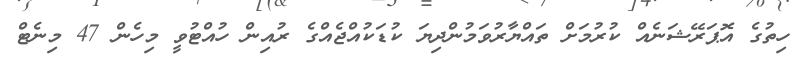
ހިތުގެ އޮޕަރޭޝަނެއް ކުރުމަށް ތައްޔާރުވަމުންދިޔަ ކުޑަކުއްޖެއްގެ ރުއިން ހުއްޓުވީ މިހެން 47 މިނެޓް